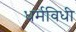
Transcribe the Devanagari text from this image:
धर्मविधी